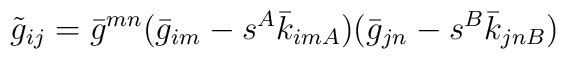
\tilde{g}_{ij} =\bar{g}^{mn}(\bar{g}_{im}-s^{A}\bar{k}_{imA})(\bar{g}_{jn}-s^{B}\bar{k}_{jnB})